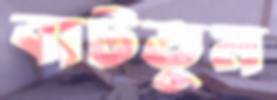
বাটতুম